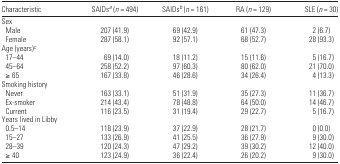
| Characteristic | SAIDsa (n = 494) | SAIDsb (n = 161) | RA (n = 129) | SLE (n = 30) |
 | --- | --- | --- | --- | --- |
 | <COLSPAN=5> Sex |
 | Male | 207 (41.9) | 69 (42.9) | 61 (47.3) | 2 (6.7) |
 | Female | 287 (58.1) | 92 (57.1) | 68 (52.7) | 28 (93.3) |
 | <COLSPAN=5> Age (years)c |
 | 17–44 | 69 (14.0) | 18 (11.2) | 15 (11.6) | 5 (16.7) |
 | 45–64 | 258 (52.2) | 97 (60.3) | 80 (62.0) | 21 (70.0) |
 | ≥ 65 | 167 (33.8) | 46 (28.6) | 34 (26.4) | 4 (13.3) |
 | <COLSPAN=5> Smoking history |
 | Never | 163 (33.1) | 51 (31.9) | 35 (27.3) | 11 (36.7) |
 | Ex-smoker | 214 (43.4) | 78 (48.8) | 64 (50.0) | 14 (46.7) |
 | Current | 116 (23.5) | 31 (19.4) | 29 (22.7) | 5 (16.7) |
 | <COLSPAN=5> Years lived in Libby |
 | 0.5–14 | 118 (23.9) | 37 (22.9) | 28 (21.7) | 0 (0.0) |
 | 15–27 | 133 (26.9) | 41 (25.5) | 36 (27.9) | 9 (30.0) |
 | 28–39 | 120 (24.3) | 47 (29.2) | 39 (30.2) | 12 (40.0) |
 | ≥ 40 | 123 (24.9) | 36 (22.4) | 26 (20.2) | 9 (30.0) |